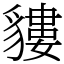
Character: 貗